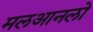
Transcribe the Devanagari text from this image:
मलआनलो